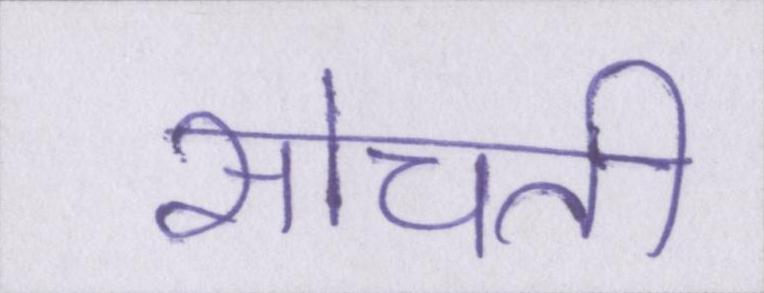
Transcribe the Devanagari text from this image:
सोचती